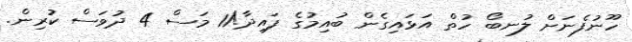
ހޫނުފެނަށް ލުނބޯ ހުތް އަޅައިގެން ބުއިމުގެ ފައިދާ!11 މަސް 4 ދުވަސް ކުރިން.